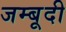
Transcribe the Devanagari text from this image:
जम्बूदी